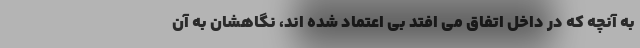
به آنچه که در داخل اتفاق می افتد بی اعتماد شده اند، نگاهشان به آن